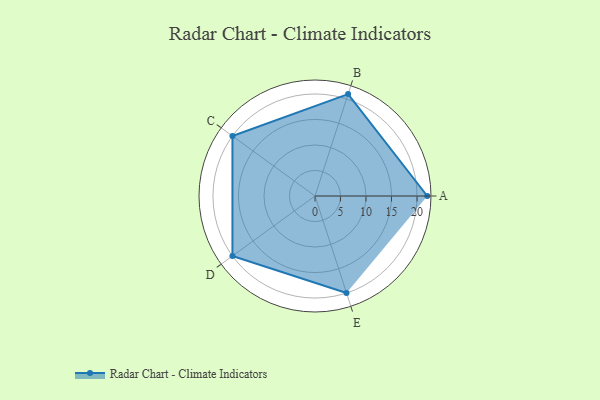
{"axis": {"x": "Skill", "y": "Score"}, "legend": ["Profile"], "data": [{"x": "A", "y": 22.0, "type": "Profile"}, {"x": "B", "y": 21.0, "type": "Profile"}, {"x": "C", "y": 20, "type": "Profile"}, {"x": "D", "y": 20, "type": "Profile"}, {"x": "E", "y": 20, "type": "Profile"}]}